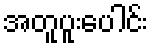
အတူပူးပေါင်း